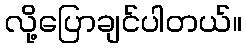
လို့ပြောချင်ပါတယ်။